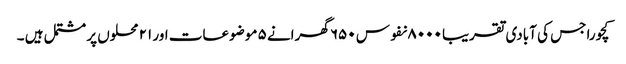
کچورا جس کی آبادی تقریبا ۸۰۰۰ نفوس ۶۵۰ گھرانے ۵ موضوعات اور ۲۱ محلوں پر مشتمل ہیں ۔